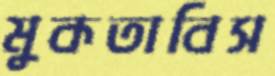
মুকতাবিস